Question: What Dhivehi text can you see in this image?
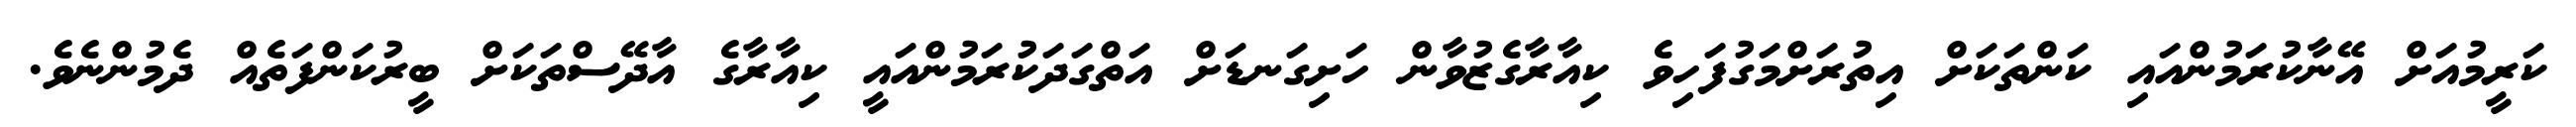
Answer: ކަރީމުއަށް އޭނާކުރަމުންއައި ކަންތަކަށް އިތުރަށްމަގުފަހިވެ ކިއާރާގެޒުވާން ހަށިގަނޑަށް އަތްގަދަކުރަމުންއައީ ކިއާރާގެ އާދޭސްތަކަށް ބީރުކަންފަތެއް ދެމުންނެވެ.